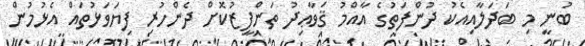
ބުނީ މި ބަދަލާއިއެކު ދުންފަތުގެ އާއްމު ޤަވާޢިދު ތަންފީޒުކޮށް ދެންހުރި ފިޔަވަޅުތައް އެޅުމުން